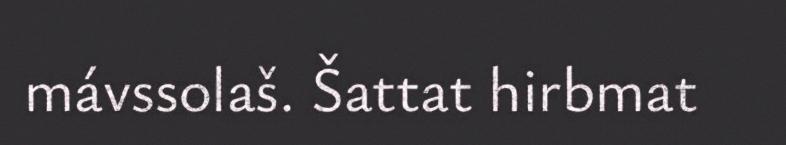
mávssolaš. Šattat hirbmat